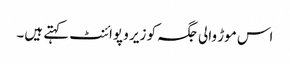
اس موڑ والی جگہ کو زیر و پوائنٹ کہتے ہیں۔